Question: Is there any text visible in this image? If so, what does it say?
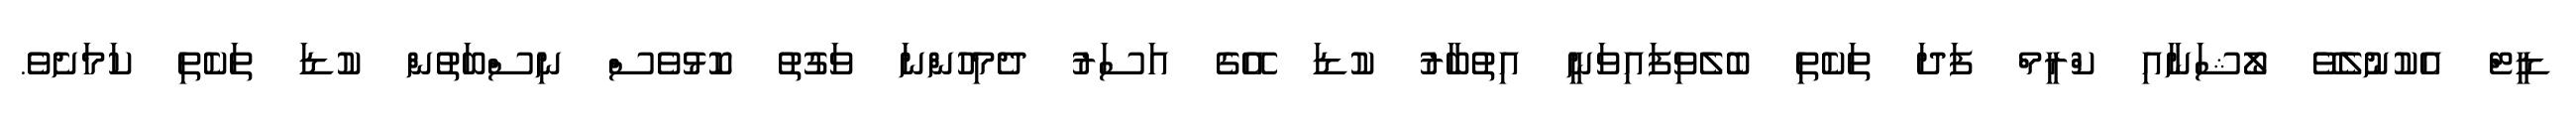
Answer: ޑީޓް އެކުނުލެވޭ ލޯޝަނާއި ކްރީމް ފަދަ ތަކެތި ބެލެވިފައިވަނީ އިތުބާރު ކުޑަ އޭގެ އަސަރު ދެމިހުންނަ ވަގުތު ކޮޅުވެސް ނިސްބަތުން ކުޑަ ތަކެތި ކަމަށެވެ.